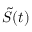
{ \cal \tilde { S } } ( t )